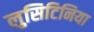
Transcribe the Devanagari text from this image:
लुसिटिनिया